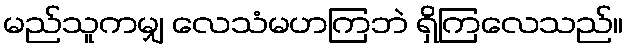
မည်သူကမျှ လေသံမဟကြဘဲ ရှိကြလေသည်။